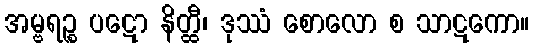
အမ္ဗရဉ္စ ပဋော နိတ္ထီ၊ ဒုဿံ စောလော စ သာဋကော။